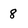
Character: 8